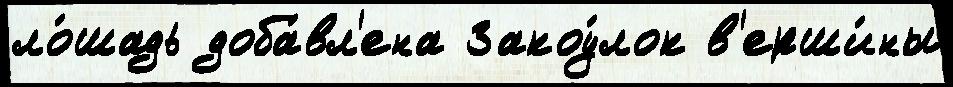
ло́шадь доба́вл'ена Закоу́лок в'ерши́ны